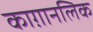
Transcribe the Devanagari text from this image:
काग़ानलिक